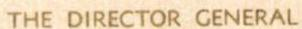
THE DIRECTOR CENERAL